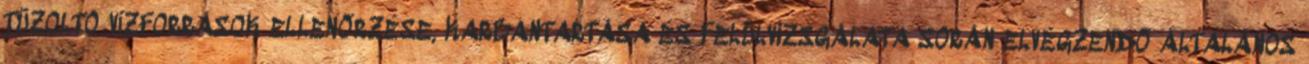
TÛZOLTÓ VÍZFORRÁSOK ELLENÕRZÉSE, KARBANTARTÁSA ÉS FELÜLVIZSGÁLATA SORÁN ELVÉGZENDÕ ÁLTALÁNOS